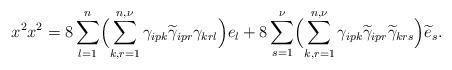
LaTeX: \begin{align*}x^{2}x^{2}=8\sum_{l=1}^{n}\Bigl(\sum_{k,r=1}^{n,\nu}\gamma_{ipk}\widetilde{\gamma}_{ipr}\gamma_{krl}\Bigr)e_{l}+8\sum_{s=1}^{\nu}\Bigl(\sum_{k,r=1}^{n,\nu}\gamma_{ipk}\widetilde{\gamma}_{ipr}\widetilde{\gamma}_{krs}\Bigr)\widetilde{e}_{s}.\end{align*}